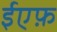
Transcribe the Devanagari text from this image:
ईएफ़